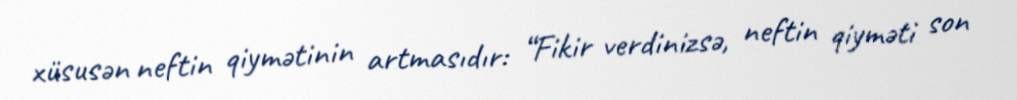
xüsusən neftin qiymətinin artmasıdır: “Fikir verdinizsə, neftin qiyməti son